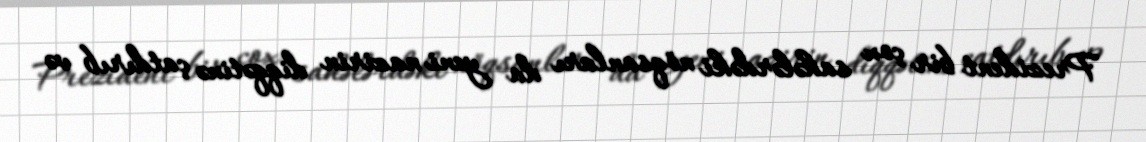
Prezident bir çox sahələrdəki nöqsanları da yeni nazirin diqqətinə çatdırıb və